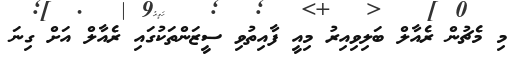
މި މެޗުން ރެއާލް ބަލިވިއިރު މިއީ ފާއިތުވި ސީޒަންތަކުގައި ރެއާލް އަށް ގިނަ